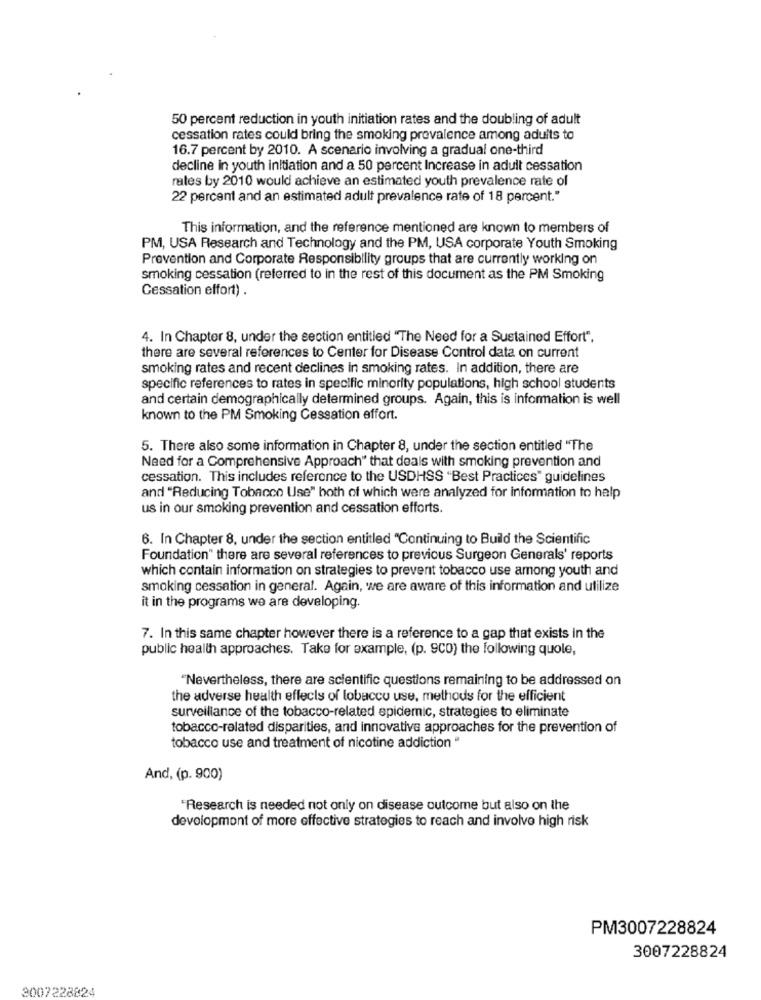
50 percent reduction in youth initiation rates and the doubling of adult
cessation rates could bring the smoking prevalence among adults to
16.7 percent by 2010. A scenario involving a gradual one-third
decline in youth initiation and a 50 percent Increase in adult cessation
rates by 2010 would achieve an estimated youth prevalence rate of
22 percent and an estimated adult prevalence rate of 18 percent."
This information, and the reference mentioned are known to members of
PM, USA Research and Technology and the PM, USA corporate Youth Smoking
Prevention and Corporate Responsibility groups that are currently working on
smoking cessation (referred to in the rest of this document as the PM Smoking
Cessation effort) .
4. In Chapter 8, under the section entitled "The Need for a Sustained Effort",
there are several references to Center for Disease Control data on current
smoking rates and recent declines In smoking rates. In addition, there are
specific references to rates in specific minority populations, high school students
and certain demographically determined groups. Again, this is information is well
known to the PM Smoking Cessation effort.
5. There also some information in Chapter 8, under the section entitled "The
Need for a Comprehensive Approach" that deals with smoking prevention and
cessation. This includes reference to the USDHSS "Best Practices" guidelines
and "Reducing Tobacco Use" both of which were analyzed for information to help
us in our smoking prevention and cessation efforts.
6. In Chapter 8, under the section entitled "Continuing to Build the Scientific
Foundation" there are several references to previous Surgeon Generals' reports
which contain information on strategies to prevent tobacco use among youth and
smoking cessation in general. Again, we are aware of this information and utilize
it in the programs we are developing.
7. In this same chapter however there is a reference to a gap that exists in the
public health approaches. Take for example, (p. 900) the following quole,
"Nevertheless, there are scientific questions remaining to be addressed on
the adverse health effects of tobacco use, methods for the efficient
surveillance of the tobacco-related epidemic, strategies to eliminate
tobacco-related disparities, and innovative approaches for the prevention of
tobacco use and treatment of nicotine addiction "
And, (p. 900)
"Research is needed not only on disease outcome but also on the
devolopmont of more effective strategies to reach and involve high risk
PM3007228824
3007228824
3007228824